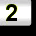
Digit: 2